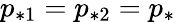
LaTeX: p_{*1}=p_{*2}=p_{*}